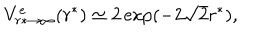
V _ { r * \to \infty } ^ { e } ( r ^ { * } ) \simeq 2 \exp ( - 2 \sqrt 2 r ^ { * } ) ,